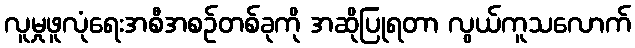
လူမှုဖူလုံရေးအစီအစဉ်တစ်ခုကို အဆိုပြုရတာ လွယ်ကူသလောက်